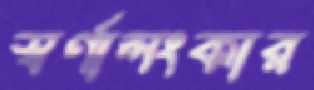
স্বর্ণালংকার